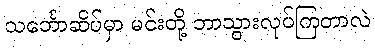
သင်္ဘောဆိပ်မှာ မင်းတို့ ဘာသွားလုပ်ကြတာလဲ